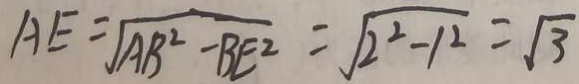
A E = \sqrt { A B ^ { 2 } - B E ^ { 2 } } = \sqrt { 2 ^ { 2 } - 1 ^ { 2 } } = \sqrt { 3 }